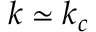
k \simeq k _ { c }